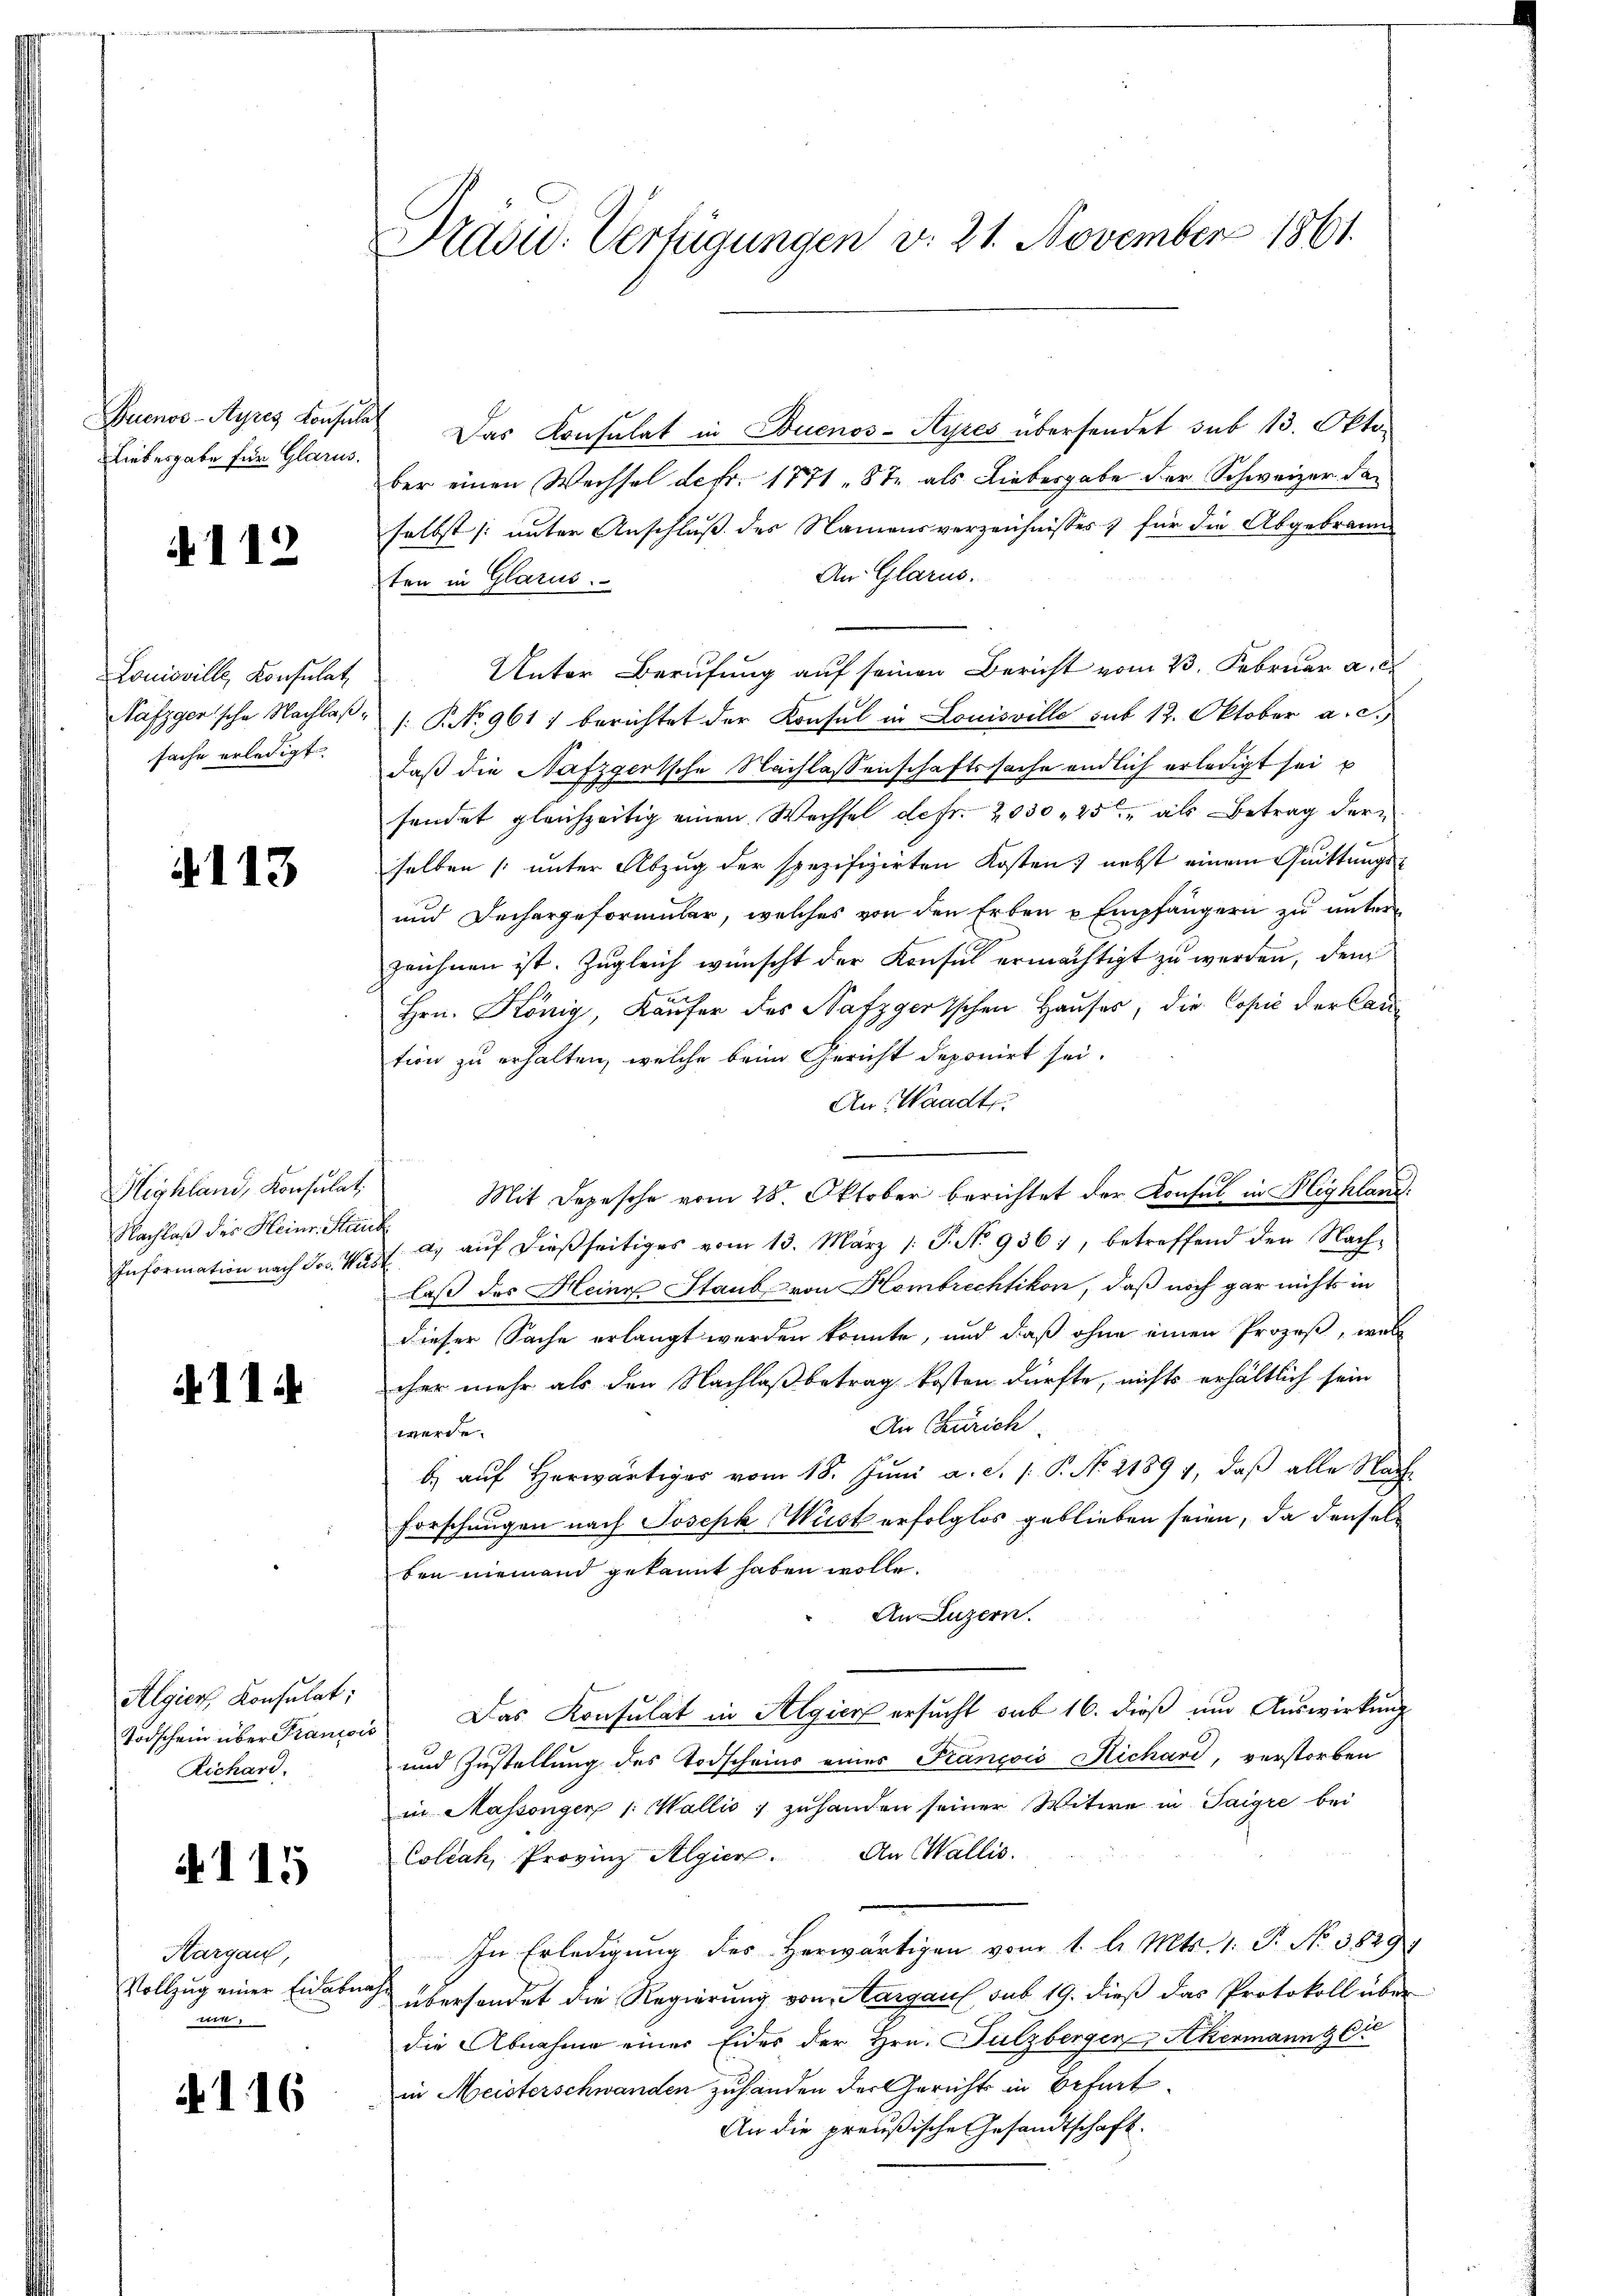
Buenos-Ayres Konsula
Liebesgabe für Glarus.

4112

Louisville, Konsulat
Näfzgerische Nachlaßsache erledigt

1113

Highland, Konsulat
Nachlaß des Heinr. Stan
Information nach Jos. Mu¬

11

Algier, Konsulat;
Todschein über Prancor
Richard.

4115

Hargau
Vollzug einer Eidabe
4

4116

Radu. Verfügungen v. 21. November 1861.

Das Konsulat in Buenos-Ayres übersendet sub 13. Oktober einen Wechsel defr. 1771 - 8t. als Liebesgabe der Schweizer da
selbst (unter Anschluß des Namensverzeichnisses & für die Abgebraun
An Glarus.
ten in Glarus.
Unter Berufung auf seinen Bericht vom 23. Februar a.
: No 961) berichtet der Konsul in Louisville sub 12. Oktober a. c.
daß die Nafzgertsche Nachlassenschaftssache endlich erledigt sei u
sendet gleichzeitig einen Wechsel de fr. 2030   25ten als Betrag der
selben (unter Abzug der spezifizirten Kosten) nebst einem Quittungs¬
und Dechargeformular, welches von den Erben u Empfängern zu unterzeichnen ist. Zugleich wünscht der Konsul ermächtigt zu werden, dem
Hrn. König, Käufer des Nafzgerischen Hauses, die Copie der Cantion zu erhalten, welche beim Gericht deponirt sei.
An Waadt.
Mit Depesche vom 28. Oktober berichtet der Konsul in Highland.
d aŭf dießseitiges vom 13. März 1. P. No 936, betreffend den Nach-
laß des Heinz Staub von Hembrechtikon, daß noch gar nichts in
dieser Sache erlangt werden könnte, und daß ohne einen Prozeß, wel
cher mehr als den Nachlaß betrag kosten dürfte, nichts erhältlich sein
An Zürich
werde.
b. aŭf herwärtiges vom 18. Jŭni a. S. 1. P. No. 21894, daβ alle Nach
Forschungen nach Joseph Wüst erfolglos geblieben seien, da denselben niemand gekannt haben wolle.
An Luzern.
Das Konsulat in Algien ersucht sub 16. dieß um Auswirkung
und Zustellung des Todscheins eines François Richard, verstorben
in Massengen 1. Wallis, zuhanden seiner Witwe in Taigre bei
Collak, Provinz Algien. An Wallis.
In Erledigung des Herwärtigen vom 1. l. Mts. 1. P. No. 3829.
übersendet die Regierung von Aargau sub 19. dieß das Protokoll über
die Abnahme einer Eides der Hrn. Sulzbergen Akermann & Cie
in Meisterschwanden zuhanden der Gerichts in Befurt
An die preußische Gesandtschaft.